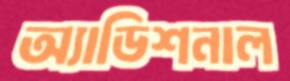
অ্যাডিশনাল